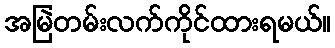
အမြဲတမ်းလက်ကိုင်ထားရမယ်။